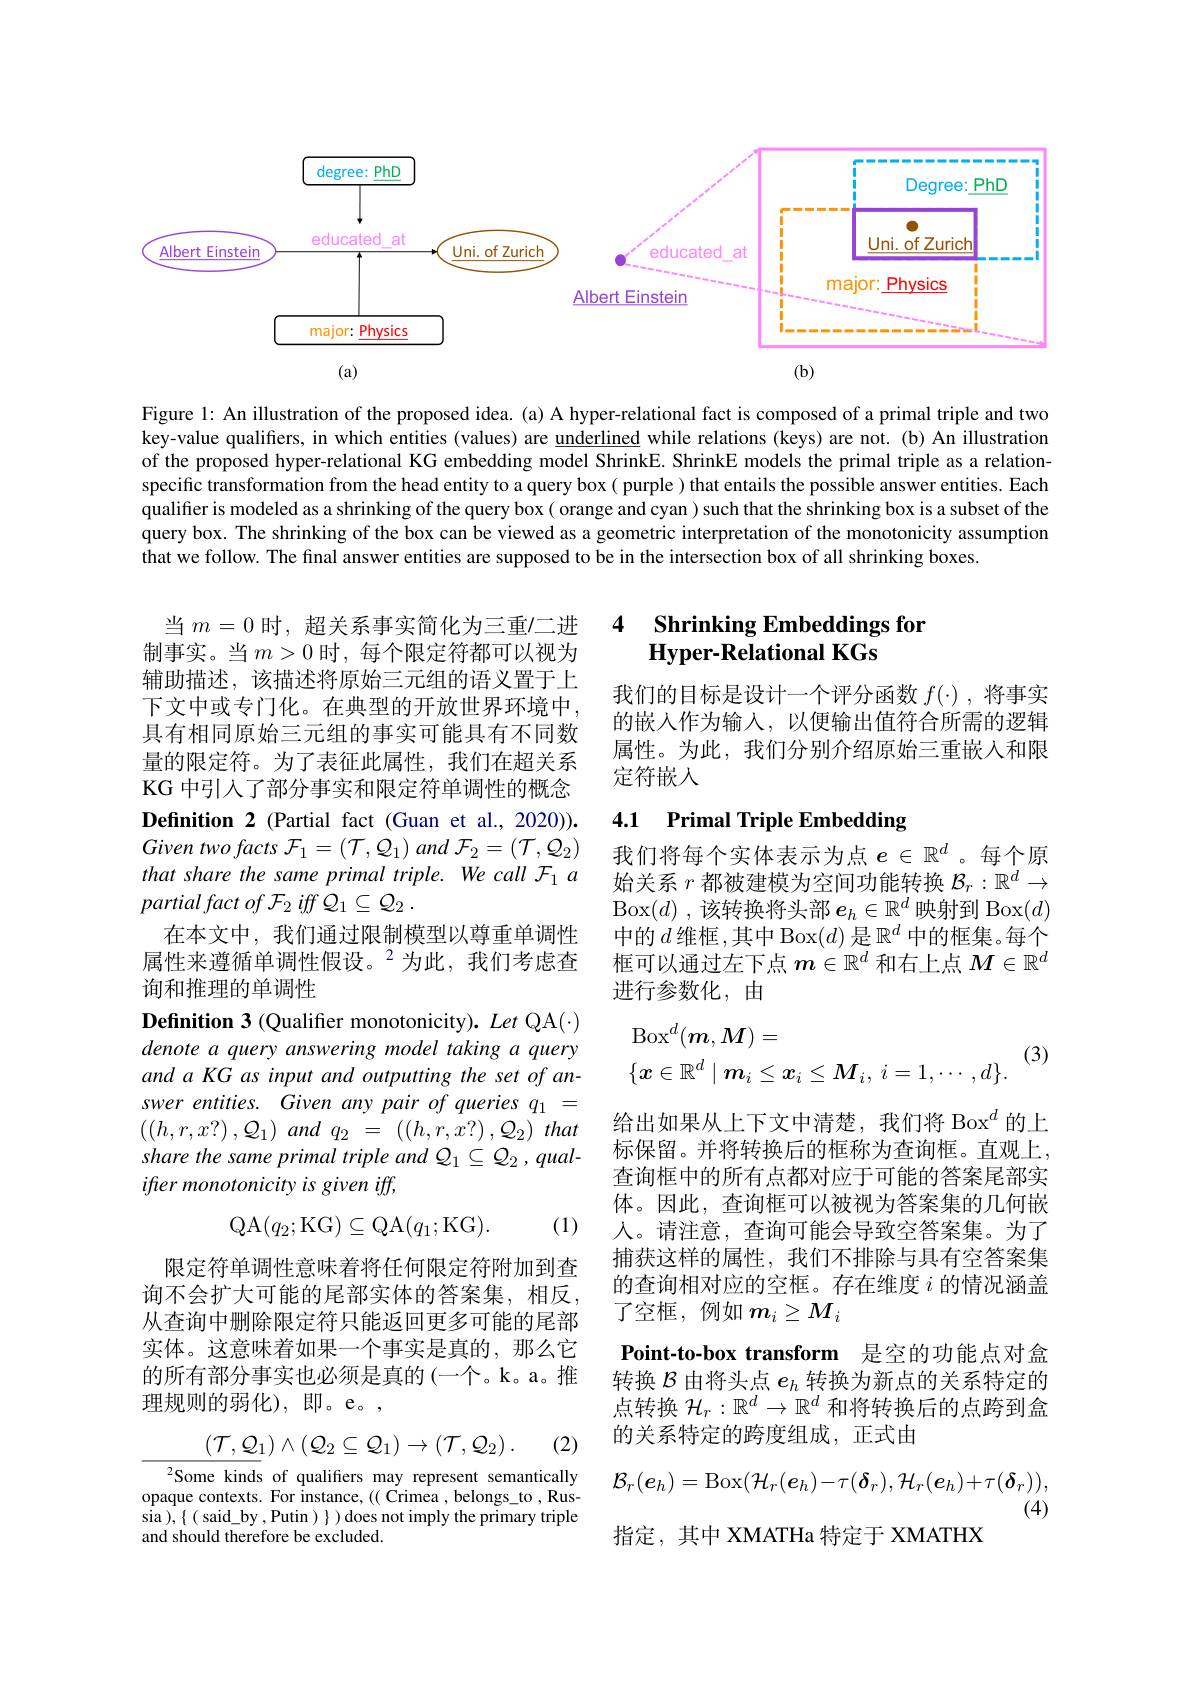
<FigureHere>

Figure 1: An illustration of the proposed idea. (a) A hyper-relational fact is composed of a primal triple and two key-value qualiffers, in which entities (values) are underlined while relations (keys) are not. (b) An illustration of the proposed hyper-relational KG embedding model ShrinkE. ShrinkE models the primal triple as a relationspecific transformation from the head entity to a query box ( purple ) that entails the possible answer entities. Each $\hat{\text{qualifferismodeledasashrinkingofthequerybox(orangeandcyan)suchthattheshrinkingboxisasubsetofthe}}$ query box. The shrinking of the box can be viewed as a geometric interpretation of the monotonicity assumption that we follow. The final answer entities are supposed to be in the intersection box of all shrinking boxes.

# 4 Shrinking Embeddings for Hyper-Relational KGs

我们的目标是设计一个评分函数$f(\cdot)$,将事实的嵌入作为输入，以便输出值符合所需的逻辑属性。为此，我们分别介绍原始三重嵌入和限定符嵌人

当 $m=0$ 时，超关系事实简化为三重$\prime$二进制事实。当$m>0$ 时，每个限定符都可以视为辅助描述，该描述将原始三元组的语义置于上下文中或专门化。在典型的开放世界环境中， 具有相同原始三元组的事实可能具有不同数量的限定符。为了表征此属性，我们在超关系KG 中引人了部分事实和限定符单调性的概念Definition 2 (Partial fact (Guan et al., 2020)). Given two facts $\mathcal{F} _{1}= \left ( \mathcal{T} , \mathcal{Q} _{1}\right )$ and $\mathcal{F} _{2}= \left ( \mathcal{T} , \mathcal{Q} _{2}\right )$ that share the same primal triple. We call F1 a $partial\textit{fact of F}_2\textit{iff Q}_1\subseteq \mathcal{Q} _2$ .
在本文中，我们通过限制模型以尊重单调性属性来遵循单调性假设。$^{2}$为此，我们考虑查询和推理的单调性

### 4.1 Primal Triple Embedding

我们将每个实体表示为点$e\in\mathbb{R}^d$ 。每个原始关系$r$都被建模为空间功能转换$\mathcal{B}_r:\mathbb{R}^d\to$ Box$(d)$ ,该转换将头部$e_h\in\mathbb{R}^d$映射到 Box$(d)$ 中的$d$ 维框 ,其中 Box$(d)$ 是$\mathbb{R}^d$ 中的框集。每个框可以通过左下点$m\in\mathbb{R}^d$和右上点$M\in\mathbb{R}^d$ 进行参数化，由

(3)
$$\begin{aligned}&\mathrm{Box}^{d}(\boldsymbol{m},\boldsymbol{M})=\\&\{\boldsymbol{x}\in\mathbb{R}^d\mid\boldsymbol{m}_i\leq\boldsymbol{x}_i\leq\boldsymbol{M}_i,\:i=1,\cdots,d\}.\end{aligned}$$
Definition 3 (Qualifier monotonicity). Let QA(·) denote a query answering model taking a query and a KG as input and outputting the set of answer entities. Given any pair of queries q = $\left ( \left ( h, r, x? \right ) , \mathcal{Q} _1\right ) and$ $q_2$ = $\left ( \left ( h, r, x? \right ) , \mathcal{Q} _2\right )$ that share the same primal triple and Q$_1\subseteq\mathcal{Q}_2,qual-$ ifter monotonicity is given iff,

给出如果从上下文中清楚，我们将 Box$^d$的上标保留。并将转换后的框称为查询框。直观上查询框中的所有点都对应于可能的答案尾部实体。因此，查询框可以被视为答案集的几何嵌人。请注意，查询可能会导致空答案集。为了捕获这样的属性，我们不排除与具有空答案集的查询相对应的空框。存在维度$i$的情况涵盖了空框，例如$m_i\geq M_i$
$$\mathrm{QA}(q_2;\mathrm{KG})\subseteq\mathrm{QA}(q_1;\mathrm{KG}).$$
(1)

限定符单调性意味着将任何限定符附加到查询不会扩大可能的尾部实体的答案集，相反， 从查询中删除限定符只能返回更多可能的尾部实体。这意味着如果一个事实是真的，那么它的所有部分事实也必须是真的 (一个。k。a。推理规则的弱化),即。e。,

Point-to-box transform 是空的功能点对盒转换$\mathcal{B}$由将头点$e_h$转换为新点的关系特定的

点转换$\mathcal{H}_r:\mathbb{R}^d\to\mathbb{R}^d$和将转换后的点跨到盒
的关系特定的跨度组成，正式由
$$(\mathcal{T},\mathcal{Q}_{1})\wedge(\mathcal{Q}_{2}\subseteq\mathcal{Q}_{1})\to(\mathcal{T},\mathcal{Q}_{2})\:.$$
(2)
$$\mathcal{B}_r(\boldsymbol{e}_h)=\mathrm{Box}(\mathcal{H}_r(\boldsymbol{e}_h)-\tau(\boldsymbol{\delta}_r),\mathcal{H}_r(\boldsymbol{e}_h)+\tau(\boldsymbol{\delta}_r)),$$
(4)

$^{2}$Some kinds of qualifers may represent semantically opaque contexts. For instance, (( Crimea , belongs\_to , Russia ), $\{($ said\_by , Putin ) $\})$ does not imply the primary triple and should therefore be excluded.

指定，其中 XMATHa 特定于 XMATHX